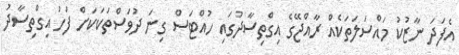
އެފަދަ ނާޒުކު މައްސަލަތަކެއް ރާއްޖޭގެ އިގްތިސާދުގައި ހުއްޓަސް ގިނަ ދުވަސްތަކަކަށް ފަހު އިގްތިސާދު